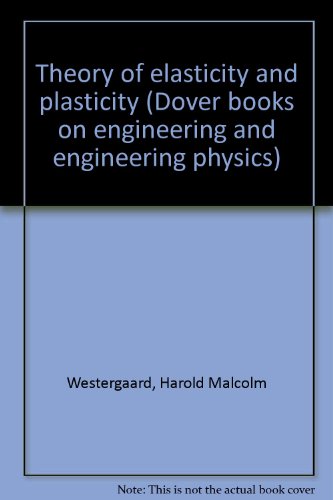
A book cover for Theory of elasticity and plasticity (Dover books on engineering and engineering physics); Harold Malcolm Westergaard; Science & Math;